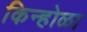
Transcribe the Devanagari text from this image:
किन्होळा